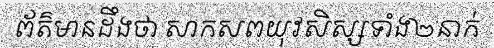
ព័ត៌មានដឹងថា សាកសពយុវសិស្សទាំង២នាក់